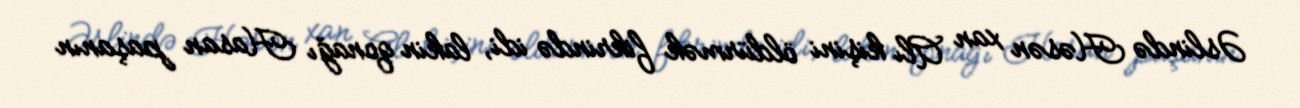
Əslində Həsən xan Alı kişini öldürmək fikrində idi, lakin qonağı Hasan paşanın